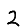
Digit: 2